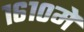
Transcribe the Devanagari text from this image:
१६१०में